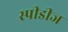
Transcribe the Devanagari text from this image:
स्पीडीज